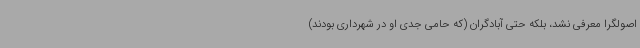
اصولگرا معرفی نشد، بلکه حتی آبادگران (که حامی جدی او در شهرداری بودند)